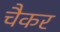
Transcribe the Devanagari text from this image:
चैकर